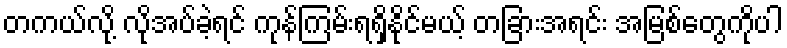
တကယ်လို့ လိုအပ်ခဲ့ရင် ကုန်ကြမ်းရရှိနိုင်မယ့် တခြားအရင်း အမြစ်တွေကိုပါ